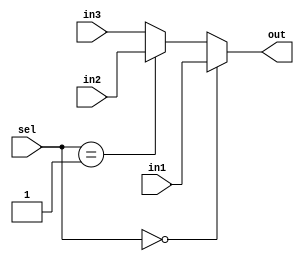
module Mux3to1(
    input wire[31:0] in1,in2,in3,
    input wire[1:0] sel,
    output wire[31:0] out
    );

assign out=(sel==2'b00)?in1:((sel==2'b01)?in2:in3);

endmodule